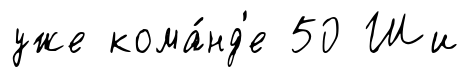
уже кома́нд'е 50 Ши